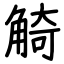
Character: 觭